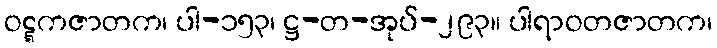
ဝဋ္ဋကဇာတက၊ ပါ-၁၅၃၊ ဋ္ဌ-တ-အုပ်-၂၉၃။ ပါရာဝတဇာတက၊